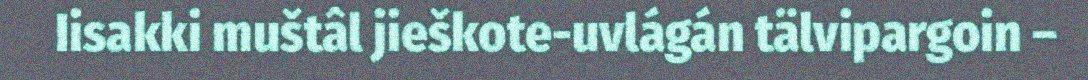
Iisakki muštâl jieškote-uvlágán tälvipargoin –